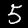
Digit: 5